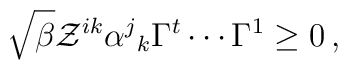
\sqrt{\beta }\mathcal{Z}^{ik}\alpha^j{}_k\Gamma ^t \cdots \Gamma ^1\geq 0\,,